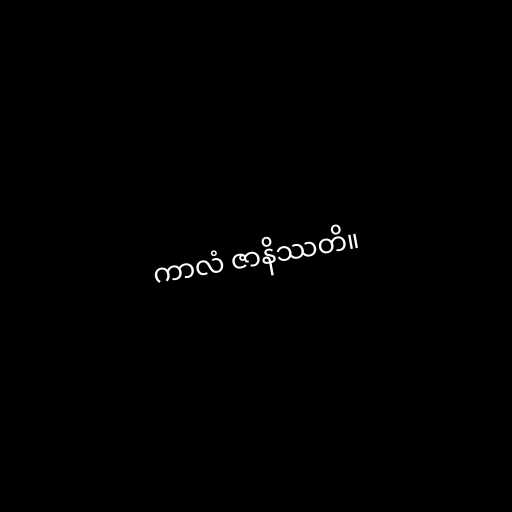
ကာလံ ဇာနိဿတိ။